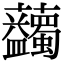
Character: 𧆇